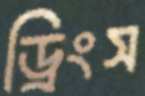
ড্রিংস